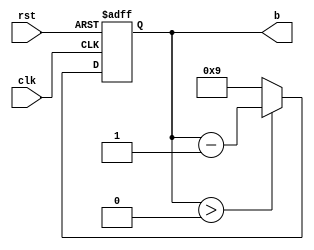
`timescale 1ns / 1ps
//////////////////////////////////////////////////////////////////////////////////
// Company: 
// Engineer: 
// 
// Design Name: 
// Module Name: BCD
// Project Name: 
// Target Devices: 
// Tool Versions: 
// Description: 
// 
// Dependencies: 
// 
// Revision:
// Revision 0.01 - File Created
// Additional Comments:
// 
//////////////////////////////////////////////////////////////////////////////////


module BCD_down(clk,rst,b);
    input clk; 
    input rst; 
    output [3:0]b;

    reg [3:0]b;
    reg [3:0]b_tmp;

always@*
   b_tmp = b - 4'b0001;
 
always@(posedge clk or posedge rst)
   if(rst)
      b <= 4'b0000;
   else if (b > 4'd0000)
      b <= b_tmp; 
   else
      b = 4'b1001;
      
endmodule